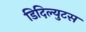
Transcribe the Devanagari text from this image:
डिदिल्युटस